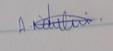
Signature authenticity: genuine